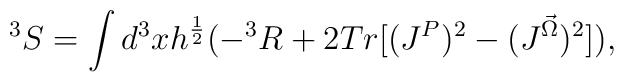
^3S=\int d^3xh^{\frac {1}{2}}(-^3R+2Tr[(J^P)^2-(J^{\vec \Omega})^2]),